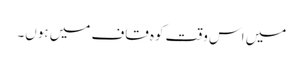
میں اس وقت کوہ قاف میں ہوں۔